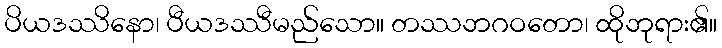
ပိယဒဿိနော၊ ပီယဒဿီမည်သော။ တဿဘဂဝတော၊ ထိုဘုရား၏။